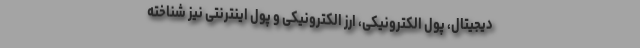
دیجیتال، پول الکترونیکی، ارز الکترونیکی و پول اینترنتی نیز شناخته